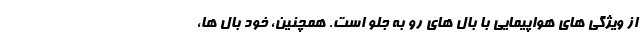
از ویژگی های هواپیمایی با بال های رو به جلو است. همچنین، خود بال ها،